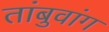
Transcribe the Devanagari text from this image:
तांबुवांग